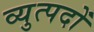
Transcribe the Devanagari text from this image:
व्युत्पदों